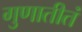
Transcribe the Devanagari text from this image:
गुणातीतं